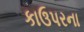
કાઉપરના